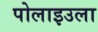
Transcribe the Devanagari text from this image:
पोलाइउला